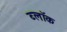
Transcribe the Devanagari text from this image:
ब्लाॅक